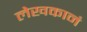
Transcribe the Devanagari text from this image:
लेखकानं